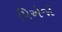
પિએજો